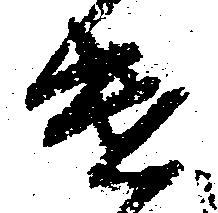
遣